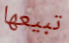
تبيعها